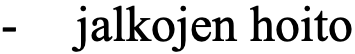
-  jalkojen hoito